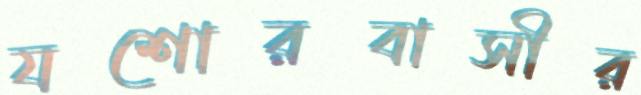
যশোরবাসীর